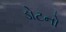
ડોટનો